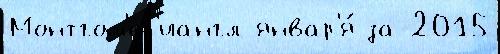
Монтгом'ер'иангл январ'я́ за 2015